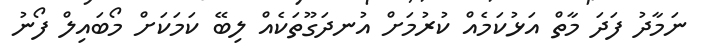
ނަމާދު ފަދަ މާތް އަޅުކަމެއް ކުރުމަށް އުނދަގޫތަކެއް ލިބޭ ކަމަކަށް މޯބައިލް ފޯނު